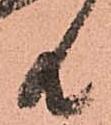
共